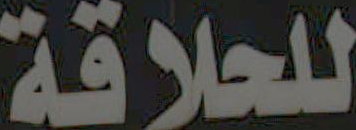
للحلاقة